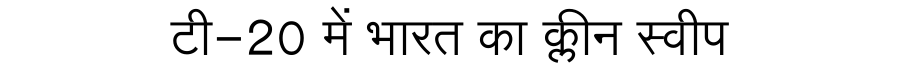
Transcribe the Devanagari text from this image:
टी-20 में भारत का क्लीन स्वीप